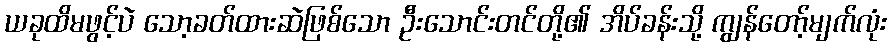
ယခုထိမဖွင့်ပဲ သော့ခတ်ထားဆဲဖြစ်သော ဦးသောင်းတင်တို့၏ အိပ်ခန်းသို့ ကျွန်တော့်မျက်လုံး